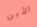
الأبن